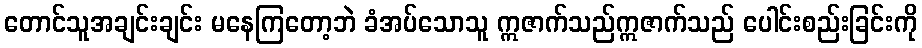
တောင်သူအချင်းချင်း မနေကြတော့ဘဲ ခံအပ်သောသူ ဣဇာက်သည်ဣဇာက်သည် ပေါင်းစည်းခြင်းကို